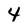
Character: 4